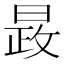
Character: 晸